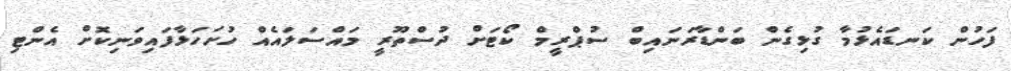
ފަހުން ކަނޑައެޅުމާ ގުޅިގެން ބަންޑާރަނައިބް ސުޕްރީމް ކޯޓަށް ދުސްތޫރީ މައްސަލައެއް ހުށަހަޅާފައިވަނިކޮށް އެންޓި